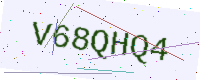
Text: V68QHQ4